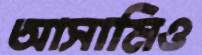
আসামিও